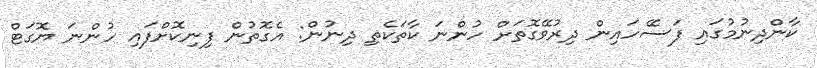
ކާންދިނުމުގައި ފަސޭހައިން ދިރުވޭގޮތަށް ހުންނަ ކާތަކެތި ދިނުން: އެގޮތުން ފިނިކޮށްފައި ހުންނަ ޔޮގަޓް